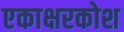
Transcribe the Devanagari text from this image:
एकाक्षरकोश